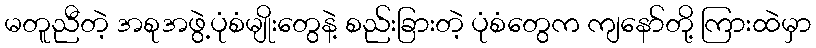
မတူညီတဲ့ အစုအဖွဲ့ပုံစံမျိုးတွေနဲ့ စည်းခြားတဲ့ ပုံစံတွေက ကျနော်တို့ ကြားထဲမှာ